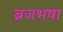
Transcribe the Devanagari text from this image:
ब्रजभषा